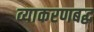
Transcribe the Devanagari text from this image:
व्याकरणबद्ध